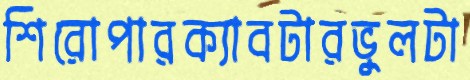
শিরোপারক্যাবটারভুলটা